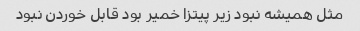
مثل همیشه نبود زیر پیتزا خمیر بود قابل خوردن نبود